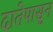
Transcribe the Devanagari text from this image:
दातेपासून